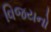
વિજયનો